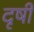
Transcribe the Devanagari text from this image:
दृषी